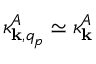
\kappa _ { { \bf k } , q _ { p } } ^ { A } \simeq \kappa _ { { \bf k } } ^ { A }